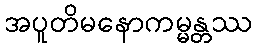
အပူတိမနောကမ္မန္တဿ